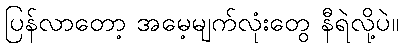
ပြန်လာတော့ အမေ့မျက်လုံးတွေ နီရဲလို့ပဲ။